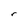
Character: r